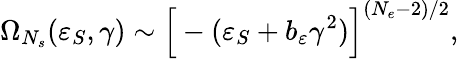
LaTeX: \Omega_{N_{s}}(\varepsilon_{S},\gamma)\sim\Big[-(\varepsilon_{S}+b_{\varepsilon}\gamma^{2})\Big]^{(N_{e}-2)/2},